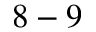
8 - 9